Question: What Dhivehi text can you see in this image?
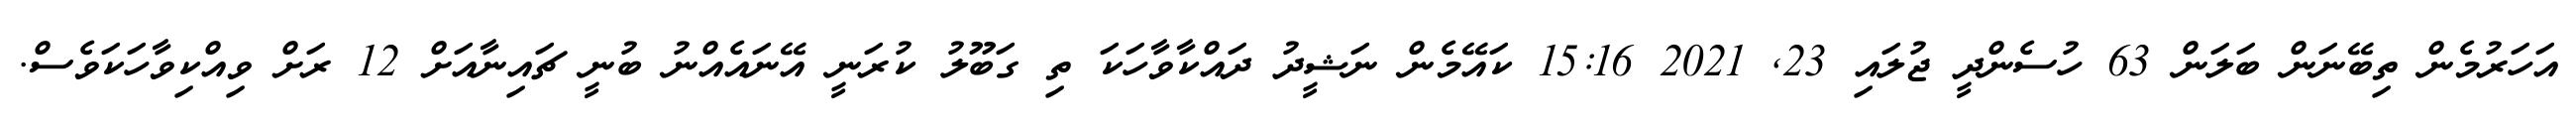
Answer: އަހަރުމެން ތިބޭނަން ބަލަން 63 ހުސެންދީ ޖުލައި 23, 2021 15:16 ކައޭމެން ނަޝީދު ދައްކާވާހަކަ ތި ގަބޫލު ކުރަނީ އޭނައެއްނު ބުނީ ޗައިނާއަށް 12 ރަށް ވިއްކިވާހަކަވެސް.